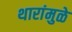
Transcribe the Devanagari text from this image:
थारांमुळे